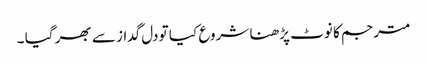
مترجم کا نوٹ پڑھنا شروع کیا تو دل گداز سے بھر گیا ۔